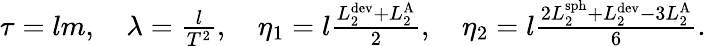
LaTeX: \begin{array}{r}{\tau=lm,\quad\lambda=\frac{l}{T^{2}},\quad\eta_{1}=l\frac{L_{2}^{\textrm{dev}}+L_{2}^{\textrm{A}}}{2},\quad\eta_{2}=l\frac{2L_{2}^{\textrm{sph}}+L_{2}^{\textrm{dev}}-3L_{2}^{\textrm{A}}}{6}.}\end{array}